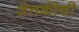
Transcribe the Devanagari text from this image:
शेतकीची